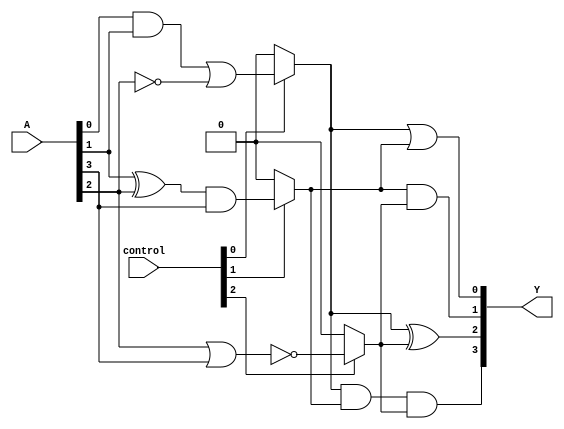
module combinational_logic_block #(
    parameter N = 8, // Number of input lines
    parameter M = 3, // Number of overlapping groups
    parameter O = 4  // Number of output lines
)(
    input  wire [N-1:0] A, // Input vector
    input  wire [M-1:0] control, // Control signals for group activation
    output wire [O-1:0] Y // Output vector
);

// Intermediate signals for each group
wire [N-1:0] group_output [0:M-1];

// Group 0: Operate on A[0], A[1], A[2]
assign group_output[0] = (control[0]) ? (A[0] & A[1]) | (~A[2]) : 0;

// Group 1: Operate on A[1], A[2], A[3]
assign group_output[1] = (control[1]) ? (A[1] ^ A[2]) & A[3] : 0;

// Group 2: Operate on A[2], A[3], A[4]
assign group_output[2] = (control[2]) ? ~(A[2] | A[3]) : 0;

// Combine outputs from overlapping groups into final outputs
assign Y[0] = group_output[0] | group_output[1]; // Example output from groups 0 and 1
assign Y[1] = group_output[1] & group_output[2]; // Example output from groups 1 and 2
assign Y[2] = group_output[0] ^ group_output[2]; // Example output from groups 0 and 2
assign Y[3] = group_output[0] & group_output[1] & group_output[2]; // Example output from all groups

endmodule